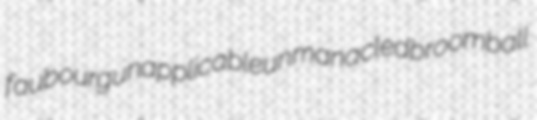
faubourg unapplicable unmanacled broomball